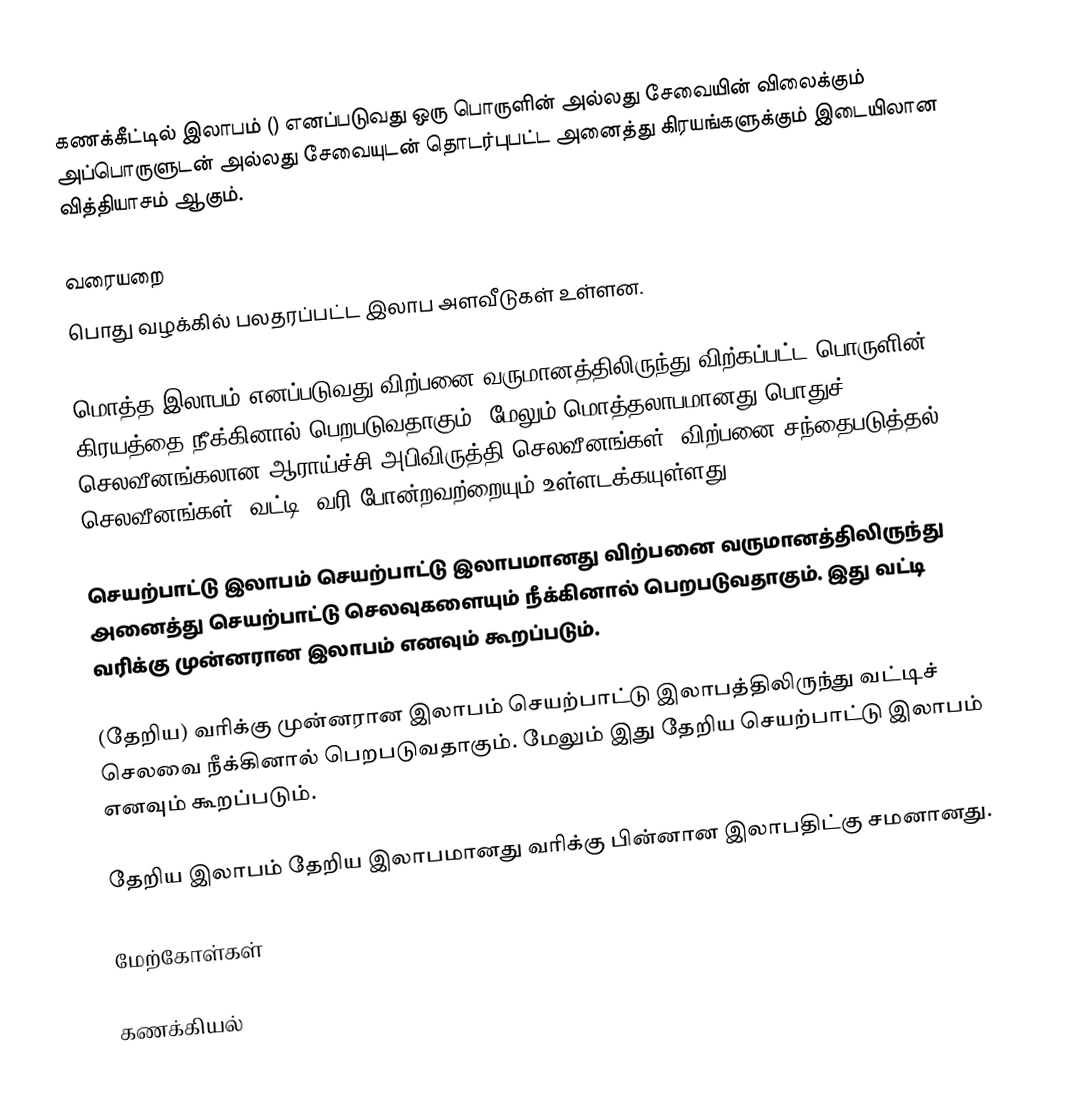
கணக்கீட்டில் இலாபம் () எனப்படுவது ஒரு பொருளின் அல்லது சேவையின் விலைக்கும் அப்பொருளுடன் அல்லது சேவையுடன் தொடர்புபட்ட அனைத்து கிரயங்களுக்கும் இடையிலான வித்தியாசம் ஆகும்.

வரையறை
பொது வழக்கில் பலதரப்பட்ட இலாப அளவீடுகள் உள்ளன.

மொத்த இலாபம்  எனப்படுவது விற்பனை வருமானத்திலிருந்து விற்கப்பட்ட பொருளின் கிரயத்தை நீக்கினால் பெறபடுவதாகும். மேலும் மொத்தலாபமானது பொதுச் செலவீனங்கலான ஆராய்ச்சி அபிவிருத்தி செலவீனங்கள், விற்பனை சந்தைபடுத்தல் செலவீனங்கள், வட்டி, வரி போன்றவற்றையும் உள்ளடக்கயுள்ளது.

செயற்பாட்டு இலாபம்  செயற்பாட்டு இலாபமானது விற்பனை வருமானத்திலிருந்து அனைத்து செயற்பாட்டு செலவுகளையும் நீக்கினால் பெறபடுவதாகும். இது வட்டி வரிக்கு முன்னரான இலாபம் எனவும் கூறப்படும்.

(தேறிய) வரிக்கு முன்னரான இலாபம் செயற்பாட்டு இலாபத்திலிருந்து வட்டிச் செலவை நீக்கினால் பெறபடுவதாகும். மேலும் இது தேறிய செயற்பாட்டு இலாபம் எனவும் கூறப்படும்.

தேறிய இலாபம் தேறிய இலாபமானது வரிக்கு பின்னான இலாபதிட்கு சமனானது.

மேற்கோள்கள்

கணக்கியல்